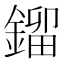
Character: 鎦